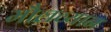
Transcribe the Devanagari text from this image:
मौलव्यान